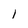
Character: 1